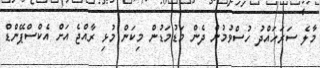
މާލެ ސަރަހައްދު ހުސްވުމުން ދެން މަޑުމަޑުން މިކަން މުޅި ރާއްޖެ އަށް އެކްސްޕޭންޑް